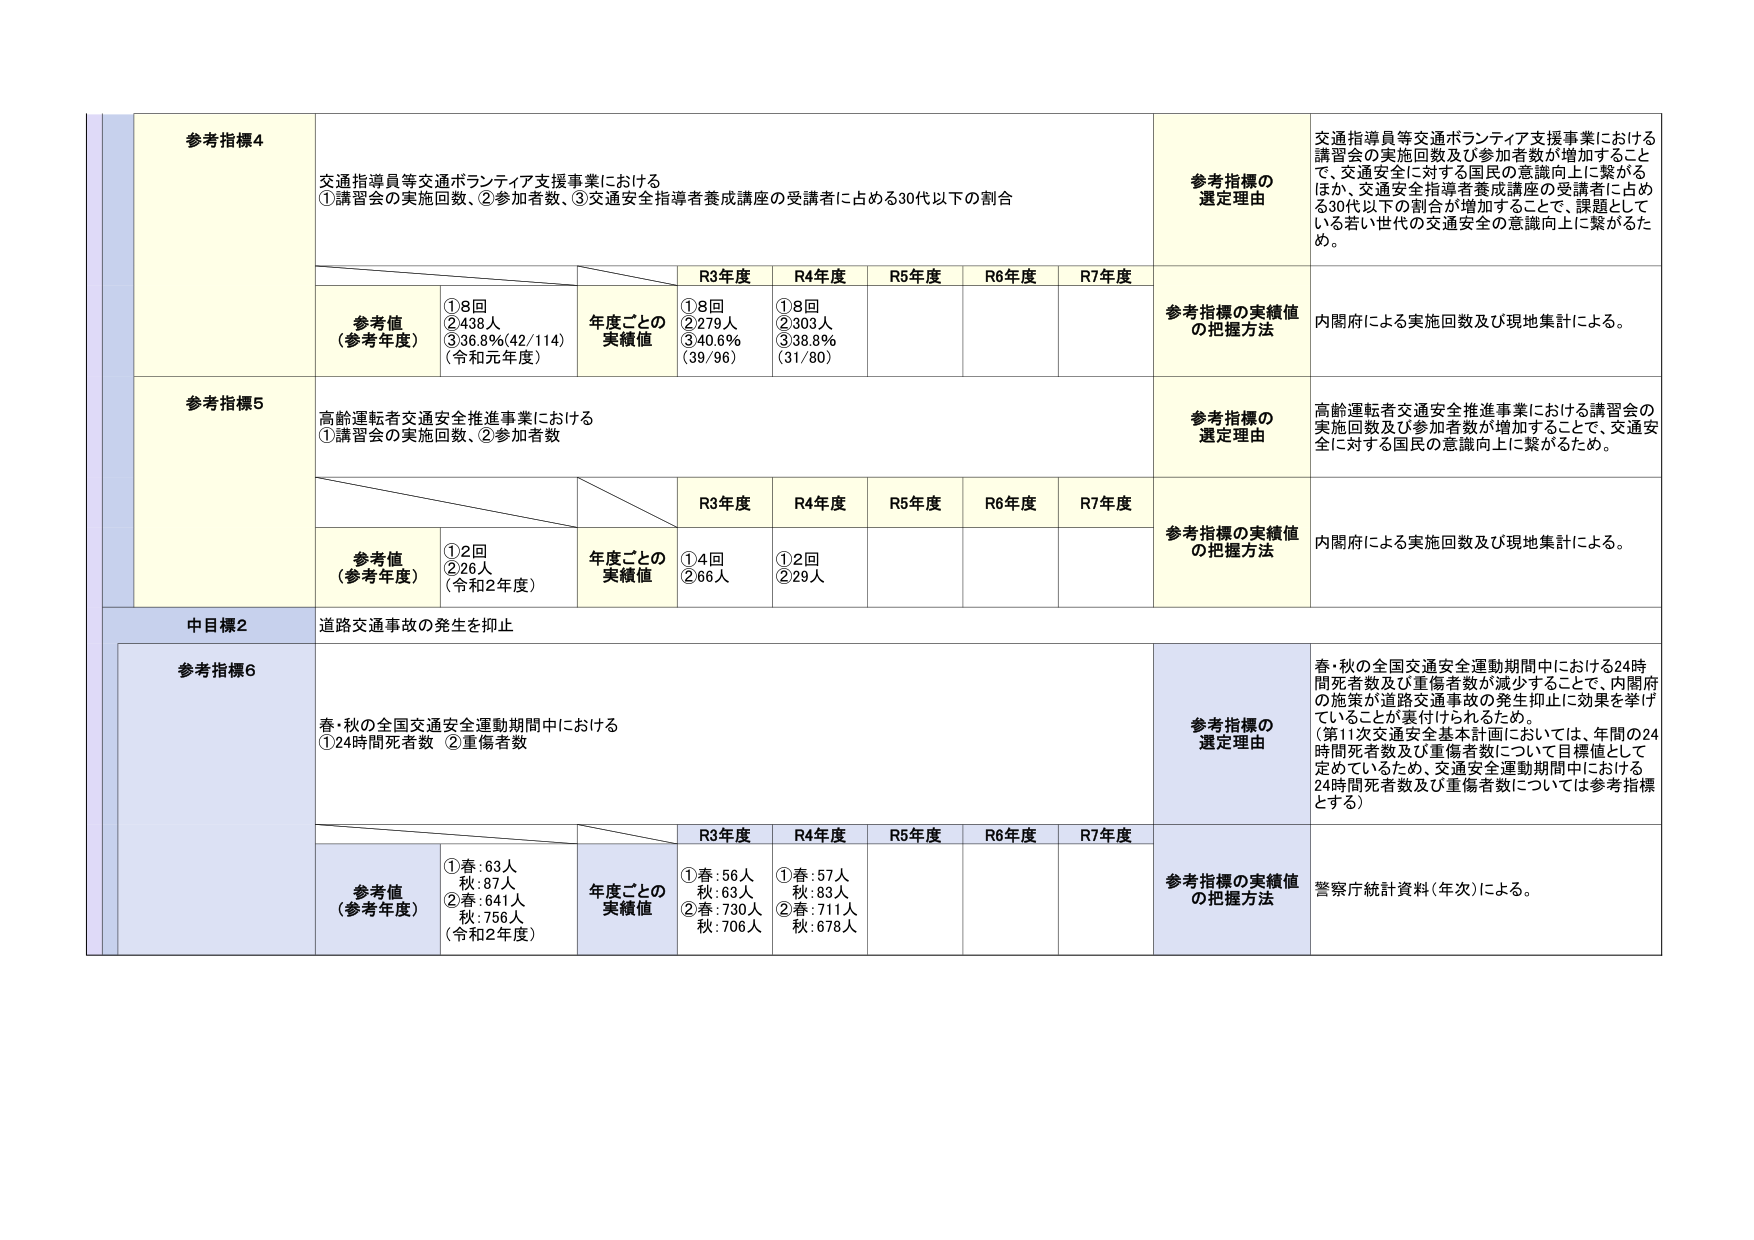
参考指標4
交通指導員等交通ボランティア支援事業における
①講習会の実施回数、②参加者数、③交通安全指導者養成講座の受講者に占める30代以下の割合

参考値（参考年度）
①8回
②438人
③36.8％（42／114）
（令和元年度）

年度ごとの実績値
R3年度
①8回
②279人
③40.6％（39／96）

R4年度
①8回
②303人
③38.8％（31／80）

R5年度

R6年度

R7年度

参考指標の選定理由
交通指導員等交通ボランティア支援事業における講習会の実施回数及び参加者数が増加することで、交通安全に対する国民の意識向上に繋がるほか、交通安全指導者養成講座の受講者に占める30代以下の割合が増加することで、課題としている若い世代の交通安全の意識向上に繋がるため。

参考指標の実績値の把握方法
内閣府による実施回数及び現地集計による。

参考指標5
高齢運転者交通安全推進事業における
①講習会の実施回数、②参加者数

参考値（参考年度）
①2回
②26人
（令和2年度）

年度ごとの実績値
R3年度
①4回
②66人

R4年度
①2回
②29人

R5年度

R6年度

R7年度

参考指標の選定理由
高齢運転者交通安全推進事業における講習会の実施回数及び参加者数が増加することで、交通安全に対する国民の意識向上に繋がるため。

参考指標の実績値の把握方法
内閣府による実施回数及び現地集計による。

中目標2
道路交通事故の発生を抑止

参考指標6
春・秋の全国交通安全運動期間中における
①24時間死者数 ②重傷者数

参考値（参考年度）
①春：63人
秋：87人
②春：641人
秋：756人
（令和2年度）

年度ごとの実績値
R3年度
①春：56人
秋：63人
②春：730人
秋：706人

R4年度
①春：57人
秋：83人
②春：711人
秋：678人

R5年度

R6年度

R7年度

参考指標の選定理由
春・秋の全国交通安全運動期間中における24時間死者数及び重傷者数が減少することで、内閣府の施策が道路交通事故の発生抑止に効果を挙げていることが裏付けられるため。
（第11次交通安全基本計画においては、年間の24時間死者数及び重傷者数について目標値として定めているため、交通安全運動期間中における24時間死者数及び重傷者数については参考指標とする）

参考指標の実績値の把握方法
警察庁統計資料（年次）による。